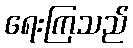
ရေးကြသည်